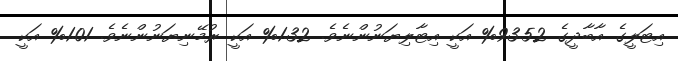
އިޓަލީގެ އާބާދީގެ 93.52% އަކީ އިޓާލިޔަނުންނެވެ. 1.32% އަކީ ރުމޭނިޔަނުންނެވެ. 1.01% އަކީ